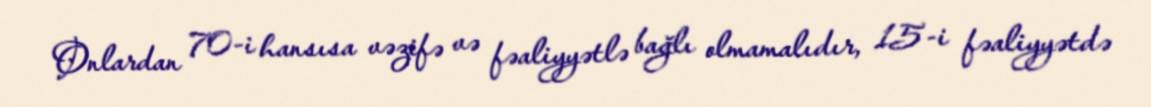
Onlardan 70-i hansısa vəzifə və fəaliyyətlə bağlı olmamalıdır, 15-i fəaliyyətdə